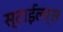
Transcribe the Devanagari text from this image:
स्टाईलर्स